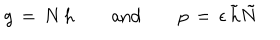
g \, = \, N \, h \qquad \mathrm { a n d } \qquad p \, = \, \epsilon \, \tilde { h } \tilde { N }